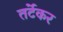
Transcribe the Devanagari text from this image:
तर्टेकर